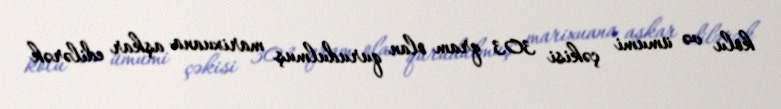
kolu və ümumi çəkisi 303 qram olan qurudulmuş marixuana aşkar edilərək